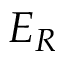
E _ { R }